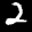
Label: 2